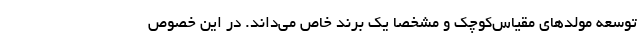
توسعه مولد‌های مقیاس‌کوچک و مشخصاً یک برند خاص می‌داند. در این خصوص